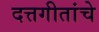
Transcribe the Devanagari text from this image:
दत्तगीतांचे